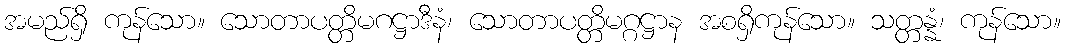
အမည်ရှိ ကုန်သော။ သောတာပတ္တိမဂဋ္ဌာဒီနံ၊ သောတာပတ္တိမဂ္ဂဋ္ဌာန အစရှိကုန်သော။ သတ္တန္နံ၊ ကုန်သော။